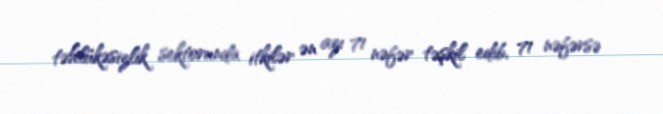
təhlükəsizlik sektorunda itkilər ən azı 71 nəfər təşkil edib, 71 nəfərsə